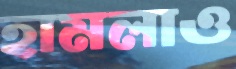
হামলাও